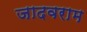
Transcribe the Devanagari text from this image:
जादवराम